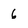
Character: 6